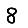
Digit: 8